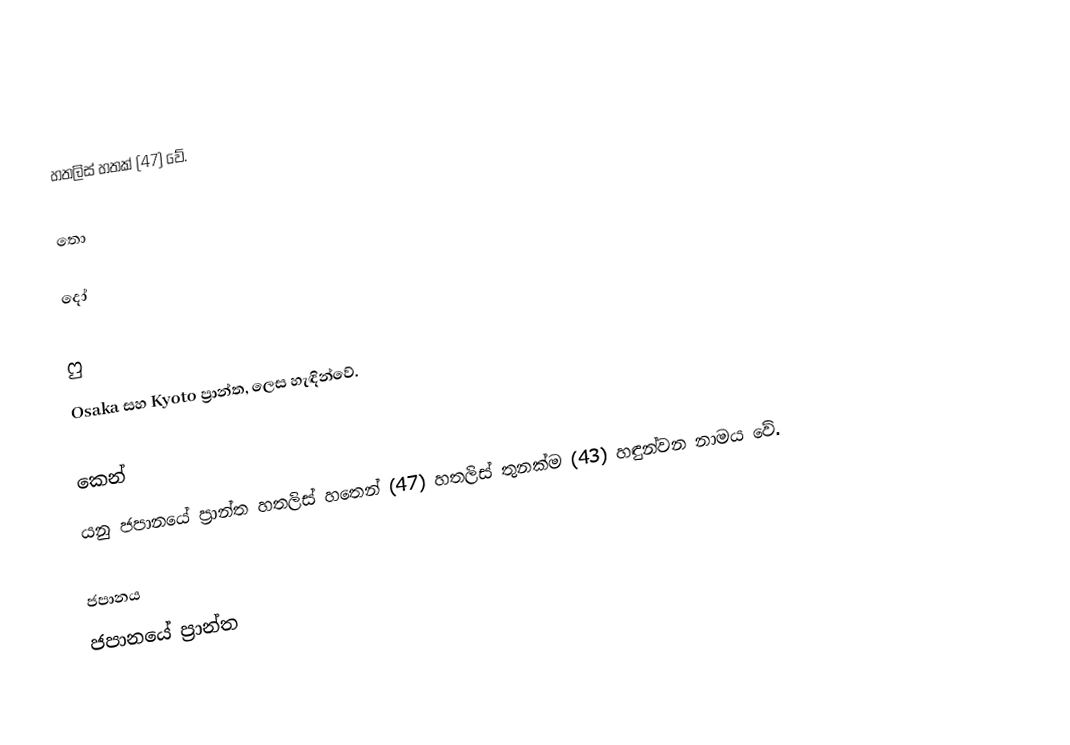
හතලිස් හතක් (47) වේ.

තො

දෝ

ෆු
Osaka සහ Kyoto ප්‍රාන්ත,  ලෙස හැඳින්වේ.

කෙන්
 යනු ජපානයේ ප්‍රාන්ත හතලිස් හතෙන් (47) හතලිස් තුනක්ම (43) හඳුන්වන නාමය වේ.

ජපානය
ජපානයේ ප්‍රාන්ත